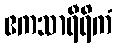
ဧကသာရီရိကံ